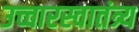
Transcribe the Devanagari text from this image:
उच्चारस्वातंत्र्य